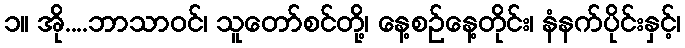
၁။ အို....ဘာသာဝင်၊ သူတော်စင်တို့၊ နေ့စဉ်နေ့တိုင်း၊ နံနက်ပိုင်းနှင့်၊